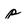
Character: p